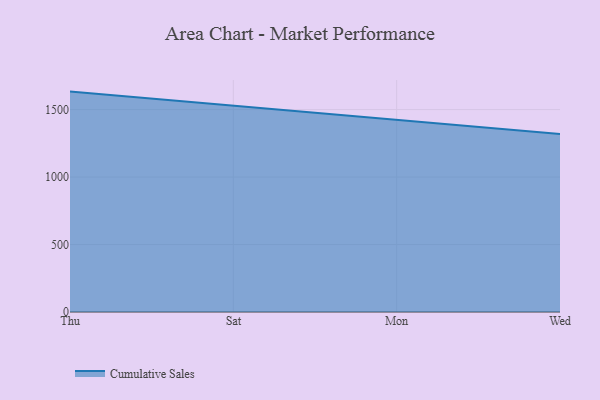
{"axis": {"x": "Day", "y": "Budget (USD K)"}, "legend": ["Cumulative Sales"], "data": [{"x": "Thu", "y": 1633.2, "type": "Cumulative Sales"}, {"x": "Sat", "y": 1530.0, "type": "Cumulative Sales"}, {"x": "Mon", "y": 1422.2, "type": "Cumulative Sales"}, {"x": "Wed", "y": 1319.0, "type": "Cumulative Sales"}]}